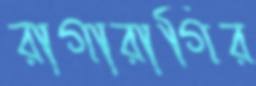
রাগারাগির